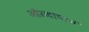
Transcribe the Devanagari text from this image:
औरजापान